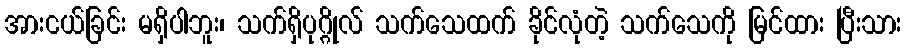
အားငယ်ခြင်း မရှိပါဘူး၊ သက်ရှိပုဂ္ဂိုလ် သက်သေထက် ခိုင်လုံတဲ့ သက်သေကို မြင်ထား ပြီးသား